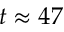
t \approx 4 7